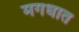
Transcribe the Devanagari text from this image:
मगधात